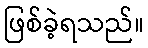
ဖြစ်ခဲ့ရသည်။